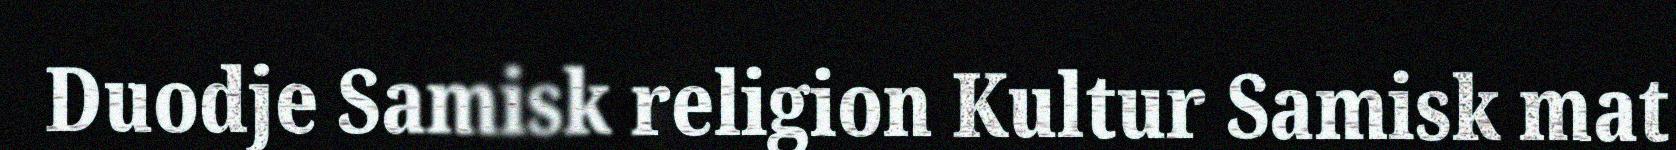
Duodje Samisk religion Kultur Samisk mat